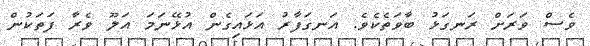
ވެސް ވަރަށް ރަނގަޅު ބާވަތެކެވެ. އަނގަފާރު އަޅައިގެން އުޅޭނަމަ އަލޫ ވެރާ ފަތަކުން